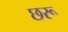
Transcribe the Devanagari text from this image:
छरू